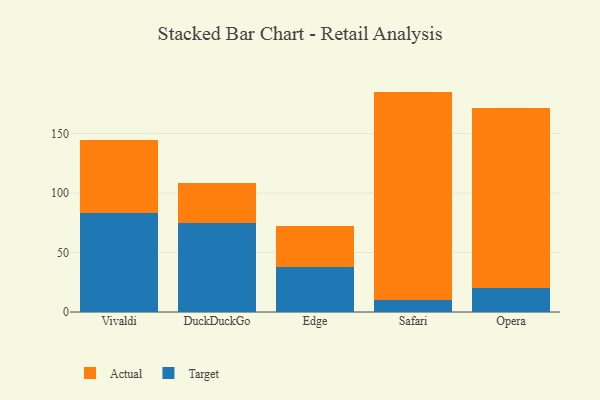
{"axis": {"x": "Browser", "y": "Energy Usage (MWh)"}, "legend": ["Actual", "Target"], "data": [{"x": "Vivaldi", "y": 83.2, "type": "Target"}, {"x": "Vivaldi", "y": 61.2, "type": "Actual"}, {"x": "DuckDuckGo", "y": 74.9, "type": "Target"}, {"x": "DuckDuckGo", "y": 33.6, "type": "Actual"}, {"x": "Edge", "y": 37.9, "type": "Target"}, {"x": "Edge", "y": 34.8, "type": "Actual"}, {"x": "Safari", "y": 10.5, "type": "Target"}, {"x": "Safari", "y": 174.8, "type": "Actual"}, {"x": "Opera", "y": 20.3, "type": "Target"}, {"x": "Opera", "y": 150.8, "type": "Actual"}]}